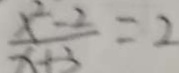
\frac { x ^ { 2 } - 2 } { x + 3 } = 2